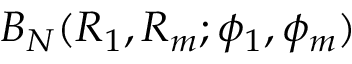
B _ { N } ( R _ { 1 } , R _ { m } ; \phi _ { 1 } , \phi _ { m } )